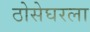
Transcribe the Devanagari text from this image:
ठोसेघरला